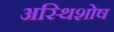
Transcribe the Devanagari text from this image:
अस्थिशोष